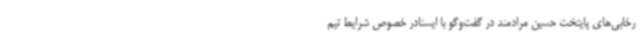
رخابی‌های پایتخت حسین مرادمند در گفت‌وگو با ایسنادر خصوص شرایط تیم